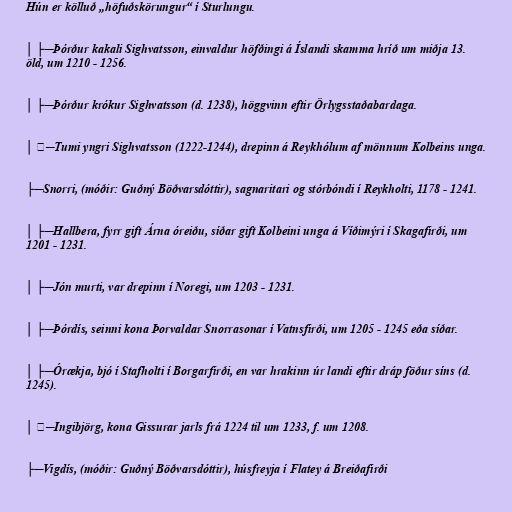
Hún er kölluð „höfuðskörungur“ í Sturlungu.

│ ├─Þórður kakali Sighvatsson, einvaldur höfðingi á Íslandi skamma hríð um miðja 13.
öld, um 1210 - 1256.

│ ├─Þórður krókur Sighvatsson (d. 1238), höggvinn eftir Örlygsstaðabardaga.

│ ╰─Tumi yngri Sighvatsson (1222-1244), drepinn á Reykhólum af mönnum Kolbeins unga.

├─Snorri, (móðir: Guðný Böðvarsdóttir), sagnaritari og stórbóndi í Reykholti, 1178 - 1241.

│ ├─Hallbera, fyrr gift Árna óreiðu, síðar gift Kolbeini unga á Víðimýri í Skagafirði, um
1201 - 1231.

│ ├─Jón murti, var drepinn í Noregi, um 1203 - 1231.

│ ├─Þórdís, seinni kona Þorvaldar Snorrasonar í Vatnsfirði, um 1205 - 1245 eða síðar.

│ ├─Órækja, bjó í Stafholti í Borgarfirði, en var hrakinn úr landi eftir dráp föður síns (d.
1245).

│ ╰─Ingibjörg, kona Gissurar jarls frá 1224 til um 1233, f. um 1208.

├─Vigdís, (móðir: Guðný Böðvarsdóttir), húsfreyja í Flatey á Breiðafirði